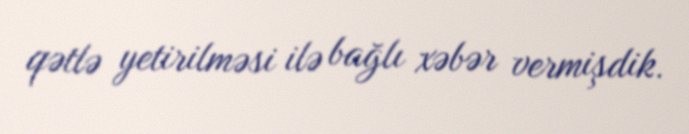
qətlə yetirilməsi ilə bağlı xəbər vermişdik.